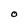
Character: O